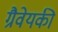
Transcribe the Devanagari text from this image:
ग्रैवेयकी